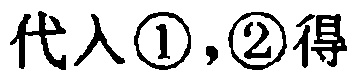
代入\textcircled{1},\textcircled{2}得